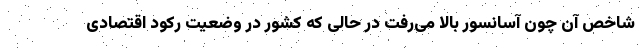
شاخص آن چون آسانسور بالا می‌رفت در حالی که کشور در وضعیت رکود اقتصادی